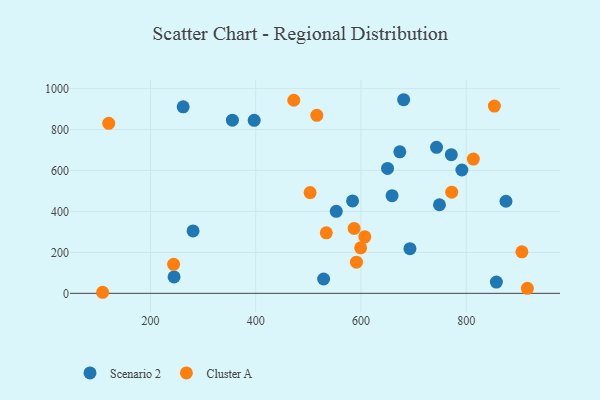
{"axis": {"x": "Investment", "y": "Profit"}, "legend": ["Cluster A", "Scenario 2"], "data": [{"x": "791.8", "y": 601.8, "type": "Scenario 2"}, {"x": "397.0", "y": 844.2, "type": "Scenario 2"}, {"x": "262.0", "y": 910.3, "type": "Scenario 2"}, {"x": "749.2", "y": 432.4, "type": "Scenario 2"}, {"x": "280.8", "y": 304.5, "type": "Scenario 2"}, {"x": "553.0", "y": 400.0, "type": "Scenario 2"}, {"x": "659.1", "y": 476.5, "type": "Scenario 2"}, {"x": "857.4", "y": 55.0, "type": "Scenario 2"}, {"x": "673.8", "y": 690.7, "type": "Scenario 2"}, {"x": "771.7", "y": 676.6, "type": "Scenario 2"}, {"x": "529.0", "y": 69.9, "type": "Scenario 2"}, {"x": "355.6", "y": 845.1, "type": "Scenario 2"}, {"x": "693.1", "y": 218.0, "type": "Scenario 2"}, {"x": "875.6", "y": 449.5, "type": "Scenario 2"}, {"x": "244.7", "y": 79.9, "type": "Scenario 2"}, {"x": "650.5", "y": 609.5, "type": "Scenario 2"}, {"x": "681.1", "y": 944.8, "type": "Scenario 2"}, {"x": "743.6", "y": 712.5, "type": "Scenario 2"}, {"x": "584.0", "y": 451.1, "type": "Scenario 2"}, {"x": "503.3", "y": 491.8, "type": "Cluster A"}, {"x": "853.6", "y": 913.8, "type": "Cluster A"}, {"x": "772.5", "y": 493.9, "type": "Cluster A"}, {"x": "587.0", "y": 316.9, "type": "Cluster A"}, {"x": "472.3", "y": 942.3, "type": "Cluster A"}, {"x": "607.3", "y": 276.0, "type": "Cluster A"}, {"x": "516.1", "y": 868.5, "type": "Cluster A"}, {"x": "534.1", "y": 295.3, "type": "Cluster A"}, {"x": "599.4", "y": 222.2, "type": "Cluster A"}, {"x": "813.6", "y": 655.1, "type": "Cluster A"}, {"x": "243.8", "y": 141.5, "type": "Cluster A"}, {"x": "591.4", "y": 152.1, "type": "Cluster A"}, {"x": "108.9", "y": 5.2, "type": "Cluster A"}, {"x": "120.5", "y": 829.5, "type": "Cluster A"}, {"x": "916.3", "y": 24.6, "type": "Cluster A"}, {"x": "905.9", "y": 202.4, "type": "Cluster A"}]}